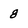
Character: 8